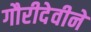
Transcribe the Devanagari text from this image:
गौरीदेवीने